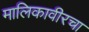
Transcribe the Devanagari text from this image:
मालिकावीरचा